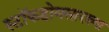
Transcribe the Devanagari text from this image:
स्टॉकहोमसारख्या